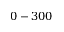
0 - 3 0 0